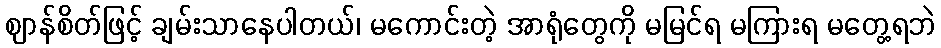
ဈာန်စိတ်ဖြင့် ချမ်းသာနေပါတယ်၊ မကောင်းတဲ့ အာရုံတွေကို မမြင်ရ မကြားရ မတွေ့ရဘဲ